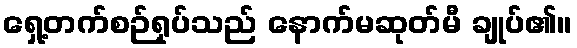
ရှေ့တက်စဉ်ရုပ်သည် နောက်မဆုတ်မီ ချုပ်၏။